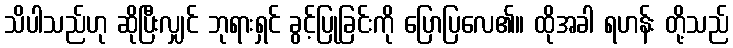
သိပါသည်ဟု ဆိုပြီးလျှင် ဘုရားရှင် ခွင့်ပြုခြင်းကို ပြောပြလေ၏။ ထိုအခါ ရဟန်း တို့သည်